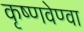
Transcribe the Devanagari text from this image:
कृष्णवेण्वा